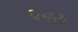
પવરા